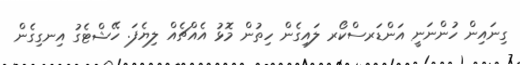
ގިނައިން ހުންނަނީ އަންޑަރސްކޯރ ލައިގެން ހިތުން މޮޅު އެއްޗެއް ލިޔެފަ. ހޭޝްޓެގު އިނގިގެން